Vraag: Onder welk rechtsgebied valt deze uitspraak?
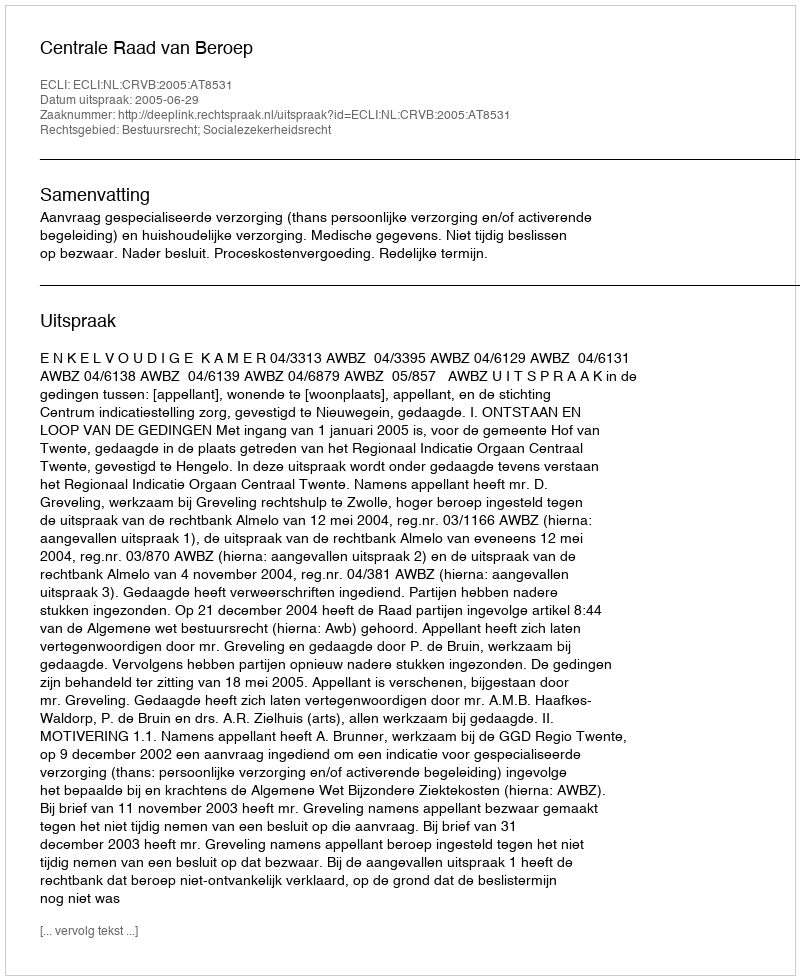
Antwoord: Bestuursrecht; Socialezekerheidsrecht